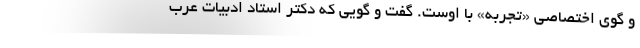
و گوی اختصاصی «تجربه» با اوست. گفت و گویی که دکتر استاد ادبیات عرب